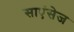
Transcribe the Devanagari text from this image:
साएंसेज